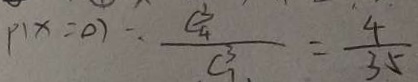
P ( x = 0 ) : \frac { C _ { 4 } ^ { 3 } } { C _ { 7 } ^ { 3 } } = \frac { 4 } { 3 5 }